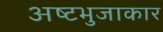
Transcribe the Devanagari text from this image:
अष्‍टभुजाकार